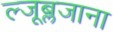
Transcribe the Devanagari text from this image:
ल्जूब्लजाना